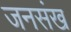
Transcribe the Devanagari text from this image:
जनसंख